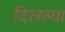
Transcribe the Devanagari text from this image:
दिलल्या